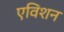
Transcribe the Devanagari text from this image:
एविशन